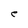
Character: e